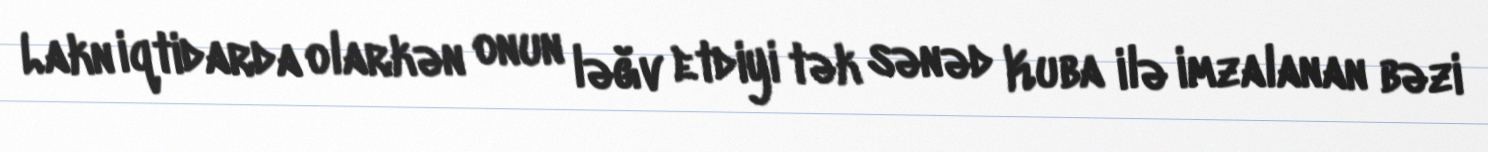
Lakn iqtidarda olarkən onun ləğv etdiyi tək sənəd Kuba ilə imzalanan bəzi